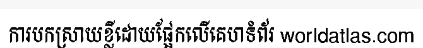
ការបកស្រាយខ្លីដោយផ្អែកលើគេហទំព័រ worldatlas.com